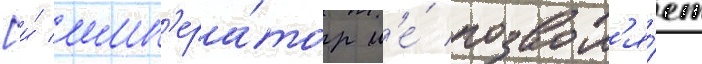
[и́ имп'ера́тор н'е́ позвол'я́ет